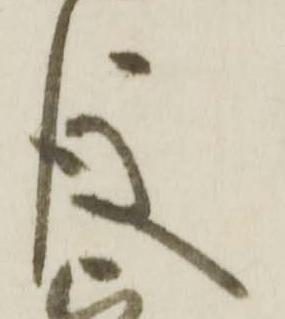
後